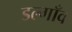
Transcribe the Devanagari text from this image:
डल्गाँव